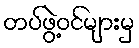
တပ်ဖွဲ့ဝင်များမှ